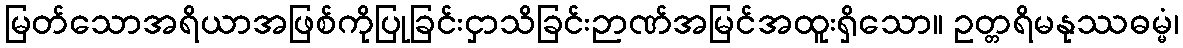
မြတ်သောအရိယာအဖြစ်ကိုပြုခြင်းငှာသိခြင်းဉာဏ်အမြင်အထူးရှိသော။ ဥတ္တရိမနုဿဓမ္မံ၊